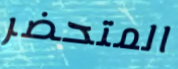
المتحضر